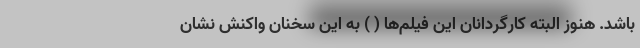
باشد. هنوز البته کارگردانان این فیلم‌ها ( ) به این سخنان واکنش نشان